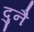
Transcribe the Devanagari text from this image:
दुनै